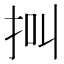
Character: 𢫃